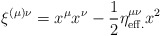
\begin{align*}\xi^{(\mu)\nu} = x^\mu x^\nu - {1\over 2} \eta^{\mu\nu}_{\rm eff.} x^2\end{align*}